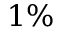
1 \%